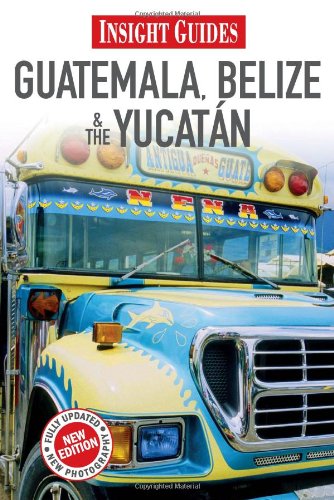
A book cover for Guatemala/Belize/Yucatan (Insight Guides); Insight Guides; Travel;